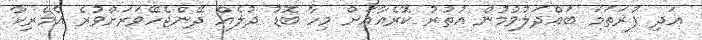
އަދި ފުރަތަމަ ބައްދަލުވުމުން އުތުރު ކޮރެއާއަށް މިހާ ބޮޑު ދުލެއް ދޭންޖެހޭވަރަށްވުރެ އެމެރިކާ